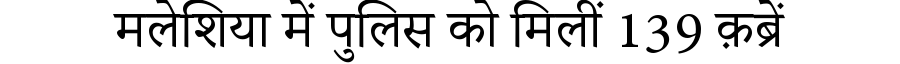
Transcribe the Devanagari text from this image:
मलेशिया में पुलिस को मिलीं 139 क़ब्रें